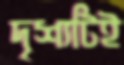
দৃশ্যটিই